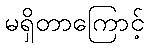
မရှိတာကြောင့်